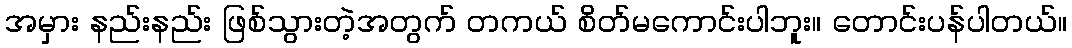
အမှား နည်းနည်း ဖြစ်သွားတဲ့အတွက် တကယ် စိတ်မကောင်းပါဘူး။ တောင်းပန်ပါတယ်။